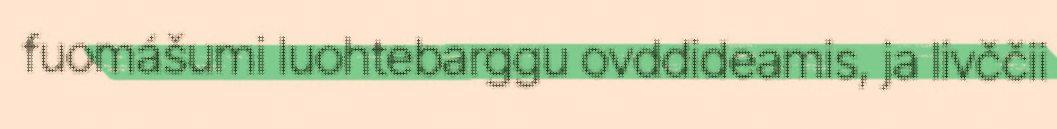
fuomášumi luohtebarggu ovddideamis, ja livččii